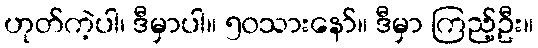
ဟုတ်ကဲ့ပါ၊ ဒီမှာပါ။ ၅၀သားနော်။ ဒီမှာ ကြည့်ဦး။